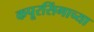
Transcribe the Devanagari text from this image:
कपूरसिंगाच्या